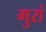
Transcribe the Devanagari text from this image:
गुरां